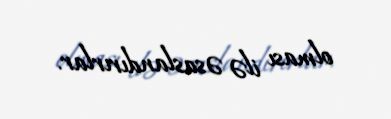
olması ilə əsaslandırırlar.